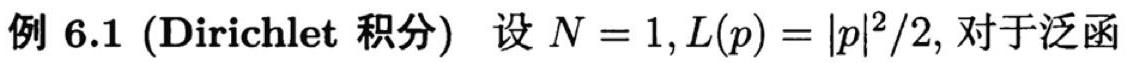
例 6.1 (Dirichlet 积分) 设 $N = 1, L(p) = |p|^2/2$, 对于泛函